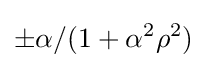
\pm \alpha /(1+\alpha ^{2}\rho ^{2})\